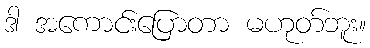
ဒါ အကောင်းပြောတာ မဟုတ်ဘူး။